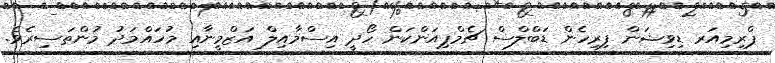
ޕްރިމިއަރ ޑިވިޝަން ފިރިހެން ޑަބްލްސް ޗެމްޕިއަންކަން ހޯދީ އިސްމާއިލް އަޒްމީނާއި މުހައްމަދު މުންތަސިރެވެ.